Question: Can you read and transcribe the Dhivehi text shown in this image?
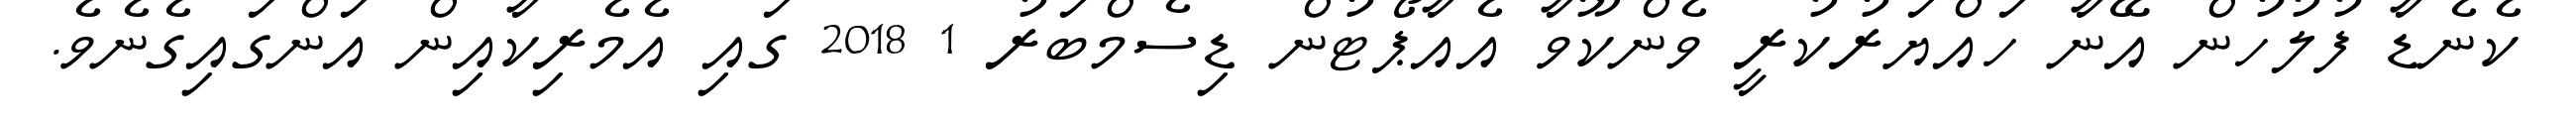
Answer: ކެނެޑާ ފުލުހުން އޭނާ ހައްޔަރުކުރީ ވެންކޫވާ އެއާޕޯޓުން ޑިސެމްބަރު 1 2018 ގައި އެމެރިކާއިން އަންގައިގެނެވެ.